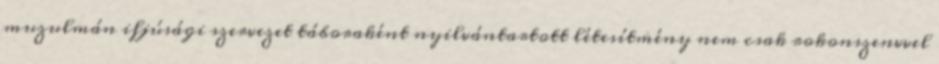
muzulmán ifjúsági szervezet táboraként nyilvántartott létesítmény nem csak rokonszenvvel